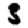
Digit: 3